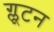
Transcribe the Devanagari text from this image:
ग्लूटन